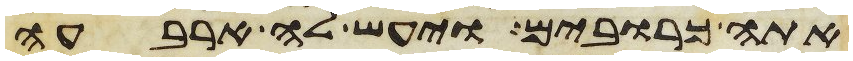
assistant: אתה כרובים ויעש לה ארבעה